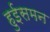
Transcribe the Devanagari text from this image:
हुईसमन